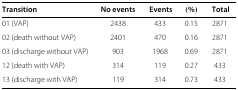
| Transition | No events | Events | (%) | Total |
 | --- | --- | --- | --- | --- |
 | 01 (VAP) | 2438 | 433 | 0.15 | 2871 |
 | 02 (death without VAP) | 2401 | 470 | 0.16 | 2871 |
 | 03 (discharge without VAP) | 903 | 1968 | 0.69 | 2871 |
 | 12 (death with VAP) | 314 | 119 | 0.27 | 433 |
 | 13 (discharge with VAP) | 119 | 314 | 0.73 | 433 |